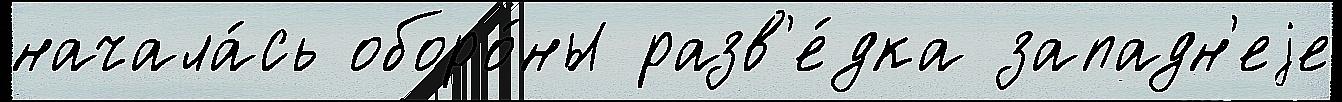
начала́сь оборо́ны разв'е́дка западн'еjе